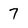
Character: 7